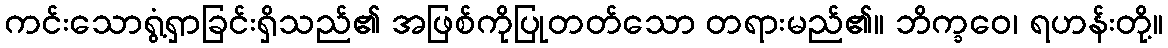
ကင်းသောရွံ့ရှာခြင်းရှိသည်၏ အဖြစ်ကိုပြုတတ်သော တရားမည်၏။ ဘိက္ခဝေ၊ ရဟန်းတို့။